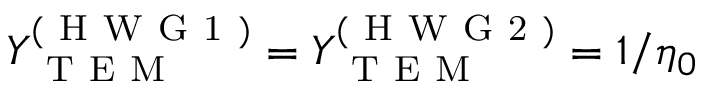
Y _ { \mathrm { ~ T ~ E ~ M ~ } } ^ { ( \mathrm { ~ H ~ W ~ G ~ 1 ~ } ) } = Y _ { \mathrm { ~ T ~ E ~ M ~ } } ^ { ( \mathrm { ~ H ~ W ~ G ~ 2 ~ } ) } = 1 / \eta _ { 0 }